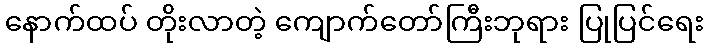
နောက်ထပ် တိုးလာတဲ့ ကျောက်တော်ကြီးဘုရား ပြုပြင်ရေး